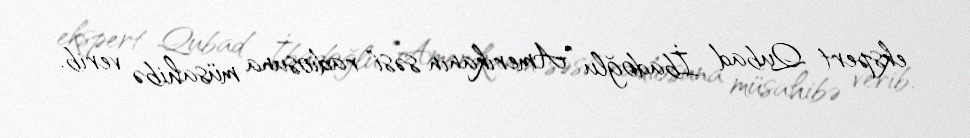
ekspert Qubad İbadoğlu "Amerikanın səsi" radiosuna müsahibə verib.